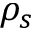
\rho _ { s }